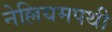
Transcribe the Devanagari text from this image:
नेल्लियमपथी